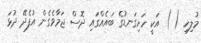
މުލިހި ( ) އަކީ ހަށިގަނޑުގެ ބައެއްގައި ދޮސް ޖަމާވެގެން އުފެދޭ ދުޅަ